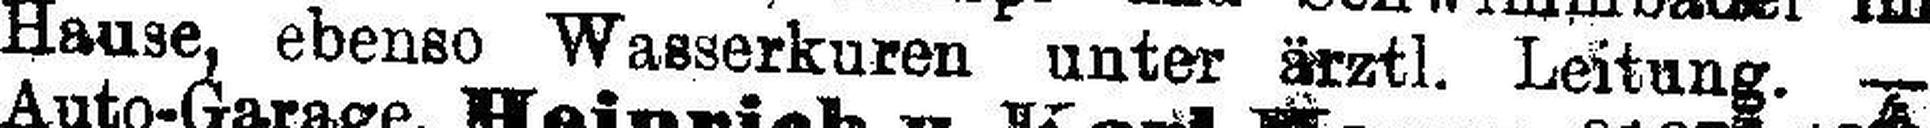
Hause, ebenso Wasserkuren unter ärztl. Leitung. —